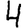
Digit: 4